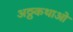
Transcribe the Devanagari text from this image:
अठ्ठकथाओं